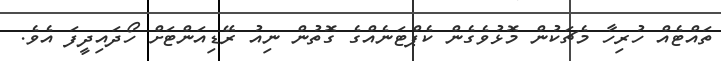
ތައްޓެއް ހުރިހާ މެޗަކުން މޮޅުވެގެން ކެޕްޓަނެއްގެ ގޮތުން ނިއު ރޭޑިއަންޓަށް ހޯދައިދީފަ އެވެ.